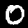
Digit: 0